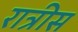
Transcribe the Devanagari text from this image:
रात्रीस